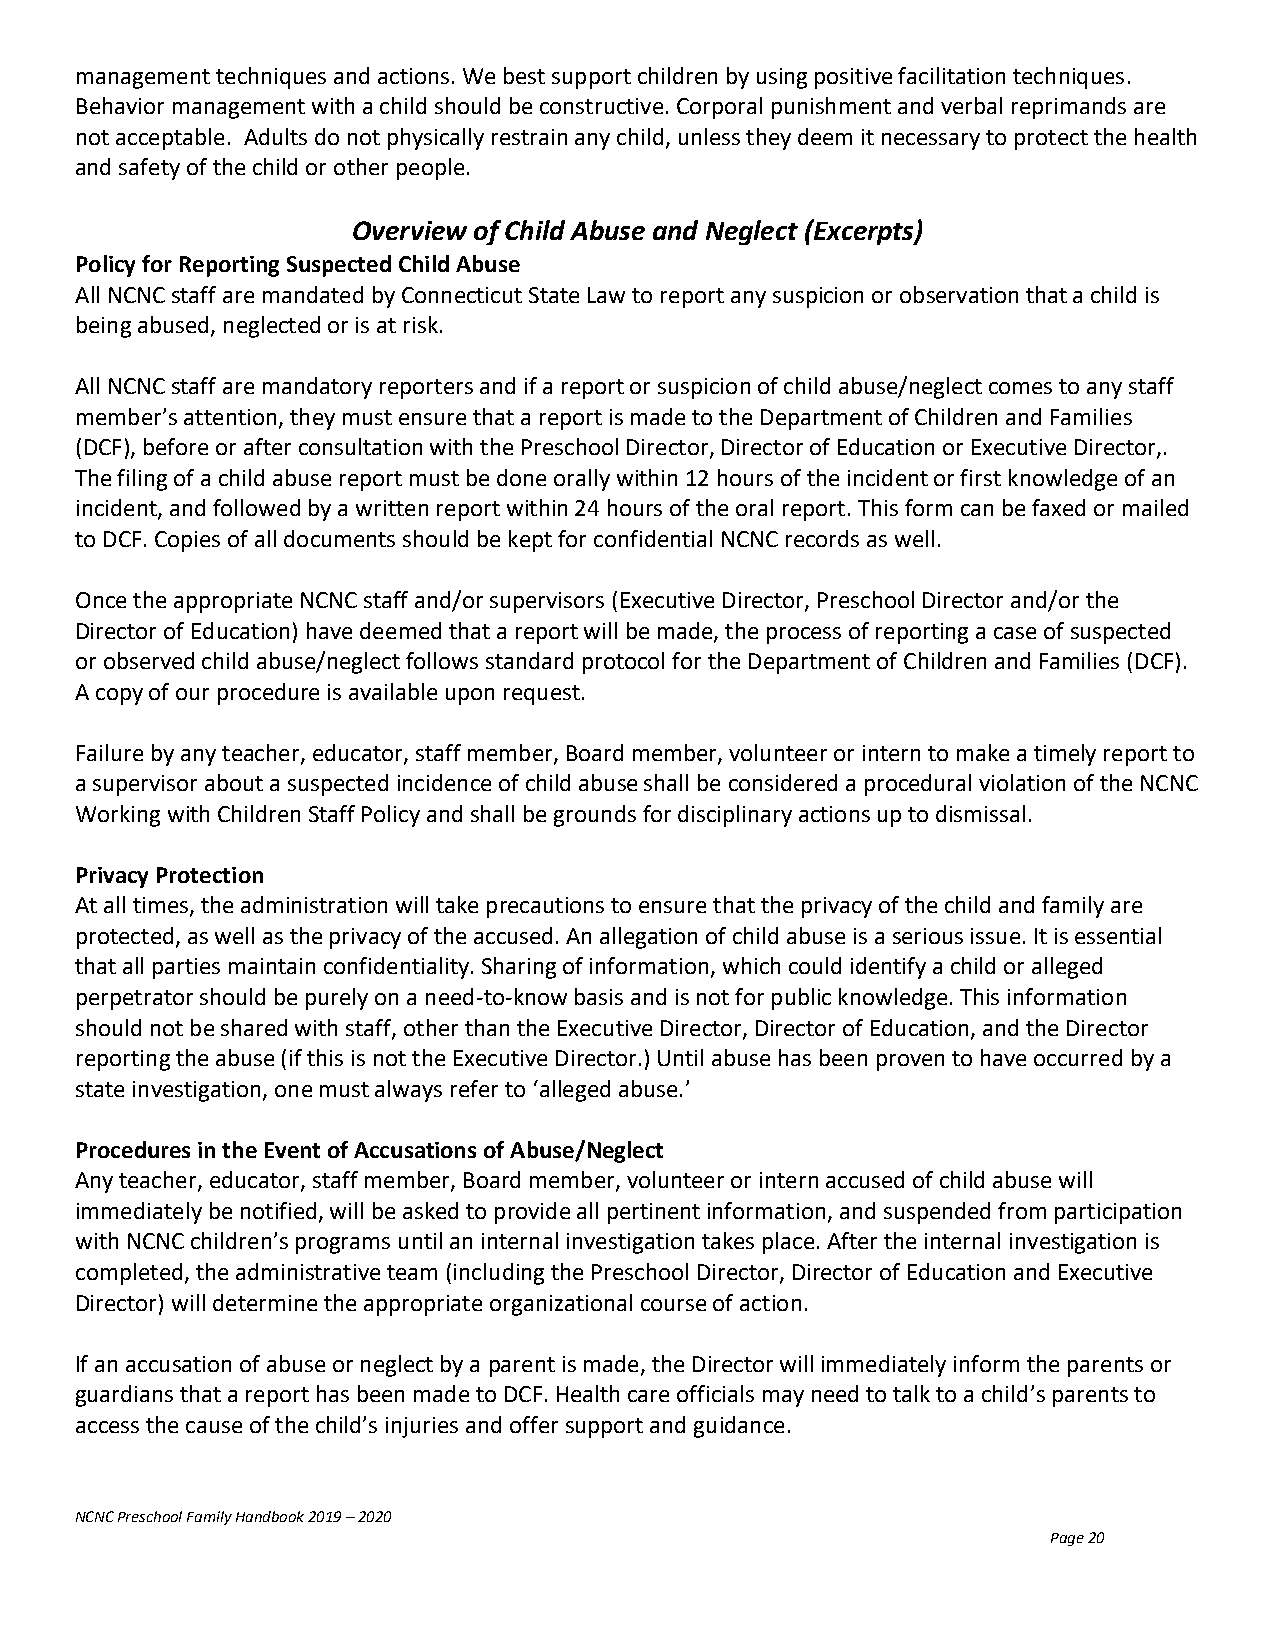
management techniques and actions. We best support children by using positive facilitation techniques.
 Behavior management with a child should be constructive. Corporal punishment and verbal reprimands are
 not acceptable. Adults do not physically restrain any child, unless they deem it necessary to protect the health
 and safety of the child or other people.
 Overview of Child Abuse and Neglect (Excerpts)
 Policy for Reporting Suspected Child Abuse
 All NCNC staff are mandated by Connecticut State Law to report any suspicion or observation that a child is
 being abused, neglected or is at risk.
 All NCNC staff are mandatory reporters and if a report or suspicion of child abuse/neglect comes to any staff
 member’s attention, they must ensure that a report is made to the Department of Children and Families
 (DCF), before or after consultation with the Preschool Director, Director of Education or Executive Director,.
 The filing of a child abuse report must be done orally within 12 hours of the incident or first knowledge of an
 incident, and followed by a written report within 24 hours of the oral report. This form can be faxed or mailed
 to DCF. Copies of all documents should be kept for confidential NCNC records as well.
 Once the appropriate NCNC staff and/or supervisors (Executive Director, Preschool Director and/or the
 Director of Education) have deemed that a report will be made, the process of reporting a case of suspected
 or observed child abuse/neglect follows standard protocol for the Department of Children and Families (DCF).
 A copy of our procedure is available upon request.
 Failure by any teacher, educator, staff member, Board member, volunteer or intern to make a timely report to
 a supervisor about a suspected incidence of child abuse shall be considered a procedural violation of the NCNC
 Working with Children Staff Policy and shall be grounds for disciplinary actions up to dismissal.
 Privacy Protection
 At all times, the administration will take precautions to ensure that the privacy of the child and family are
 protected, as well as the privacy of the accused. An allegation of child abuse is a serious issue. It is essential
 that all parties maintain confidentiality. Sharing of information, which could identify a child or alleged
 perpetrator should be purely on a need-to-know basis and is not for public knowledge. This information
 should not be shared with staff, other than the Executive Director, Director of Education, and the Director
 reporting the abuse (if this is not the Executive Director.) Until abuse has been proven to have occurred by a
 state investigation, one must always refer to ‘alleged abuse.’
 Procedures in the Event of Accusations of Abuse/Neglect
 Any teacher, educator, staff member, Board member, volunteer or intern accused of child abuse will
 immediately be notified, will be asked to provide all pertinent information, and suspended from participation
 with NCNC children’s programs until an internal investigation takes place. After the internal investigation is
 completed, the administrative team (including the Preschool Director, Director of Education and Executive
 Director) will determine the appropriate organizational course of action.
 If an accusation of abuse or neglect by a parent is made, the Director will immediately inform the parents or
 guardians that a report has been made to DCF. Health care officials may need to talk to a child’s parents to
 access the cause of the child’s injuries and offer support and guidance.
 NCNC Preschool Family Handbook 2019 – 2020
 Page 20